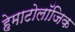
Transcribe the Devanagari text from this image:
हेमाटोलॉजिक